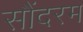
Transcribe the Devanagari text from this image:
सौंदरम